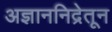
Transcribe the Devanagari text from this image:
अज्ञाननिद्रेतून